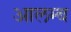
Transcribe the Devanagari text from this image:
आलम्ब